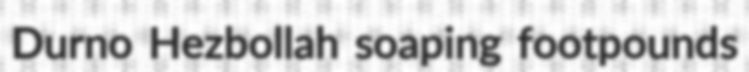
Durno Hezbollah soaping footpounds